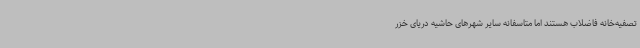
تصفیه‌خانه فاضلاب هستند اما متاسفانه سایر شهرهای حاشیه دریای خزر